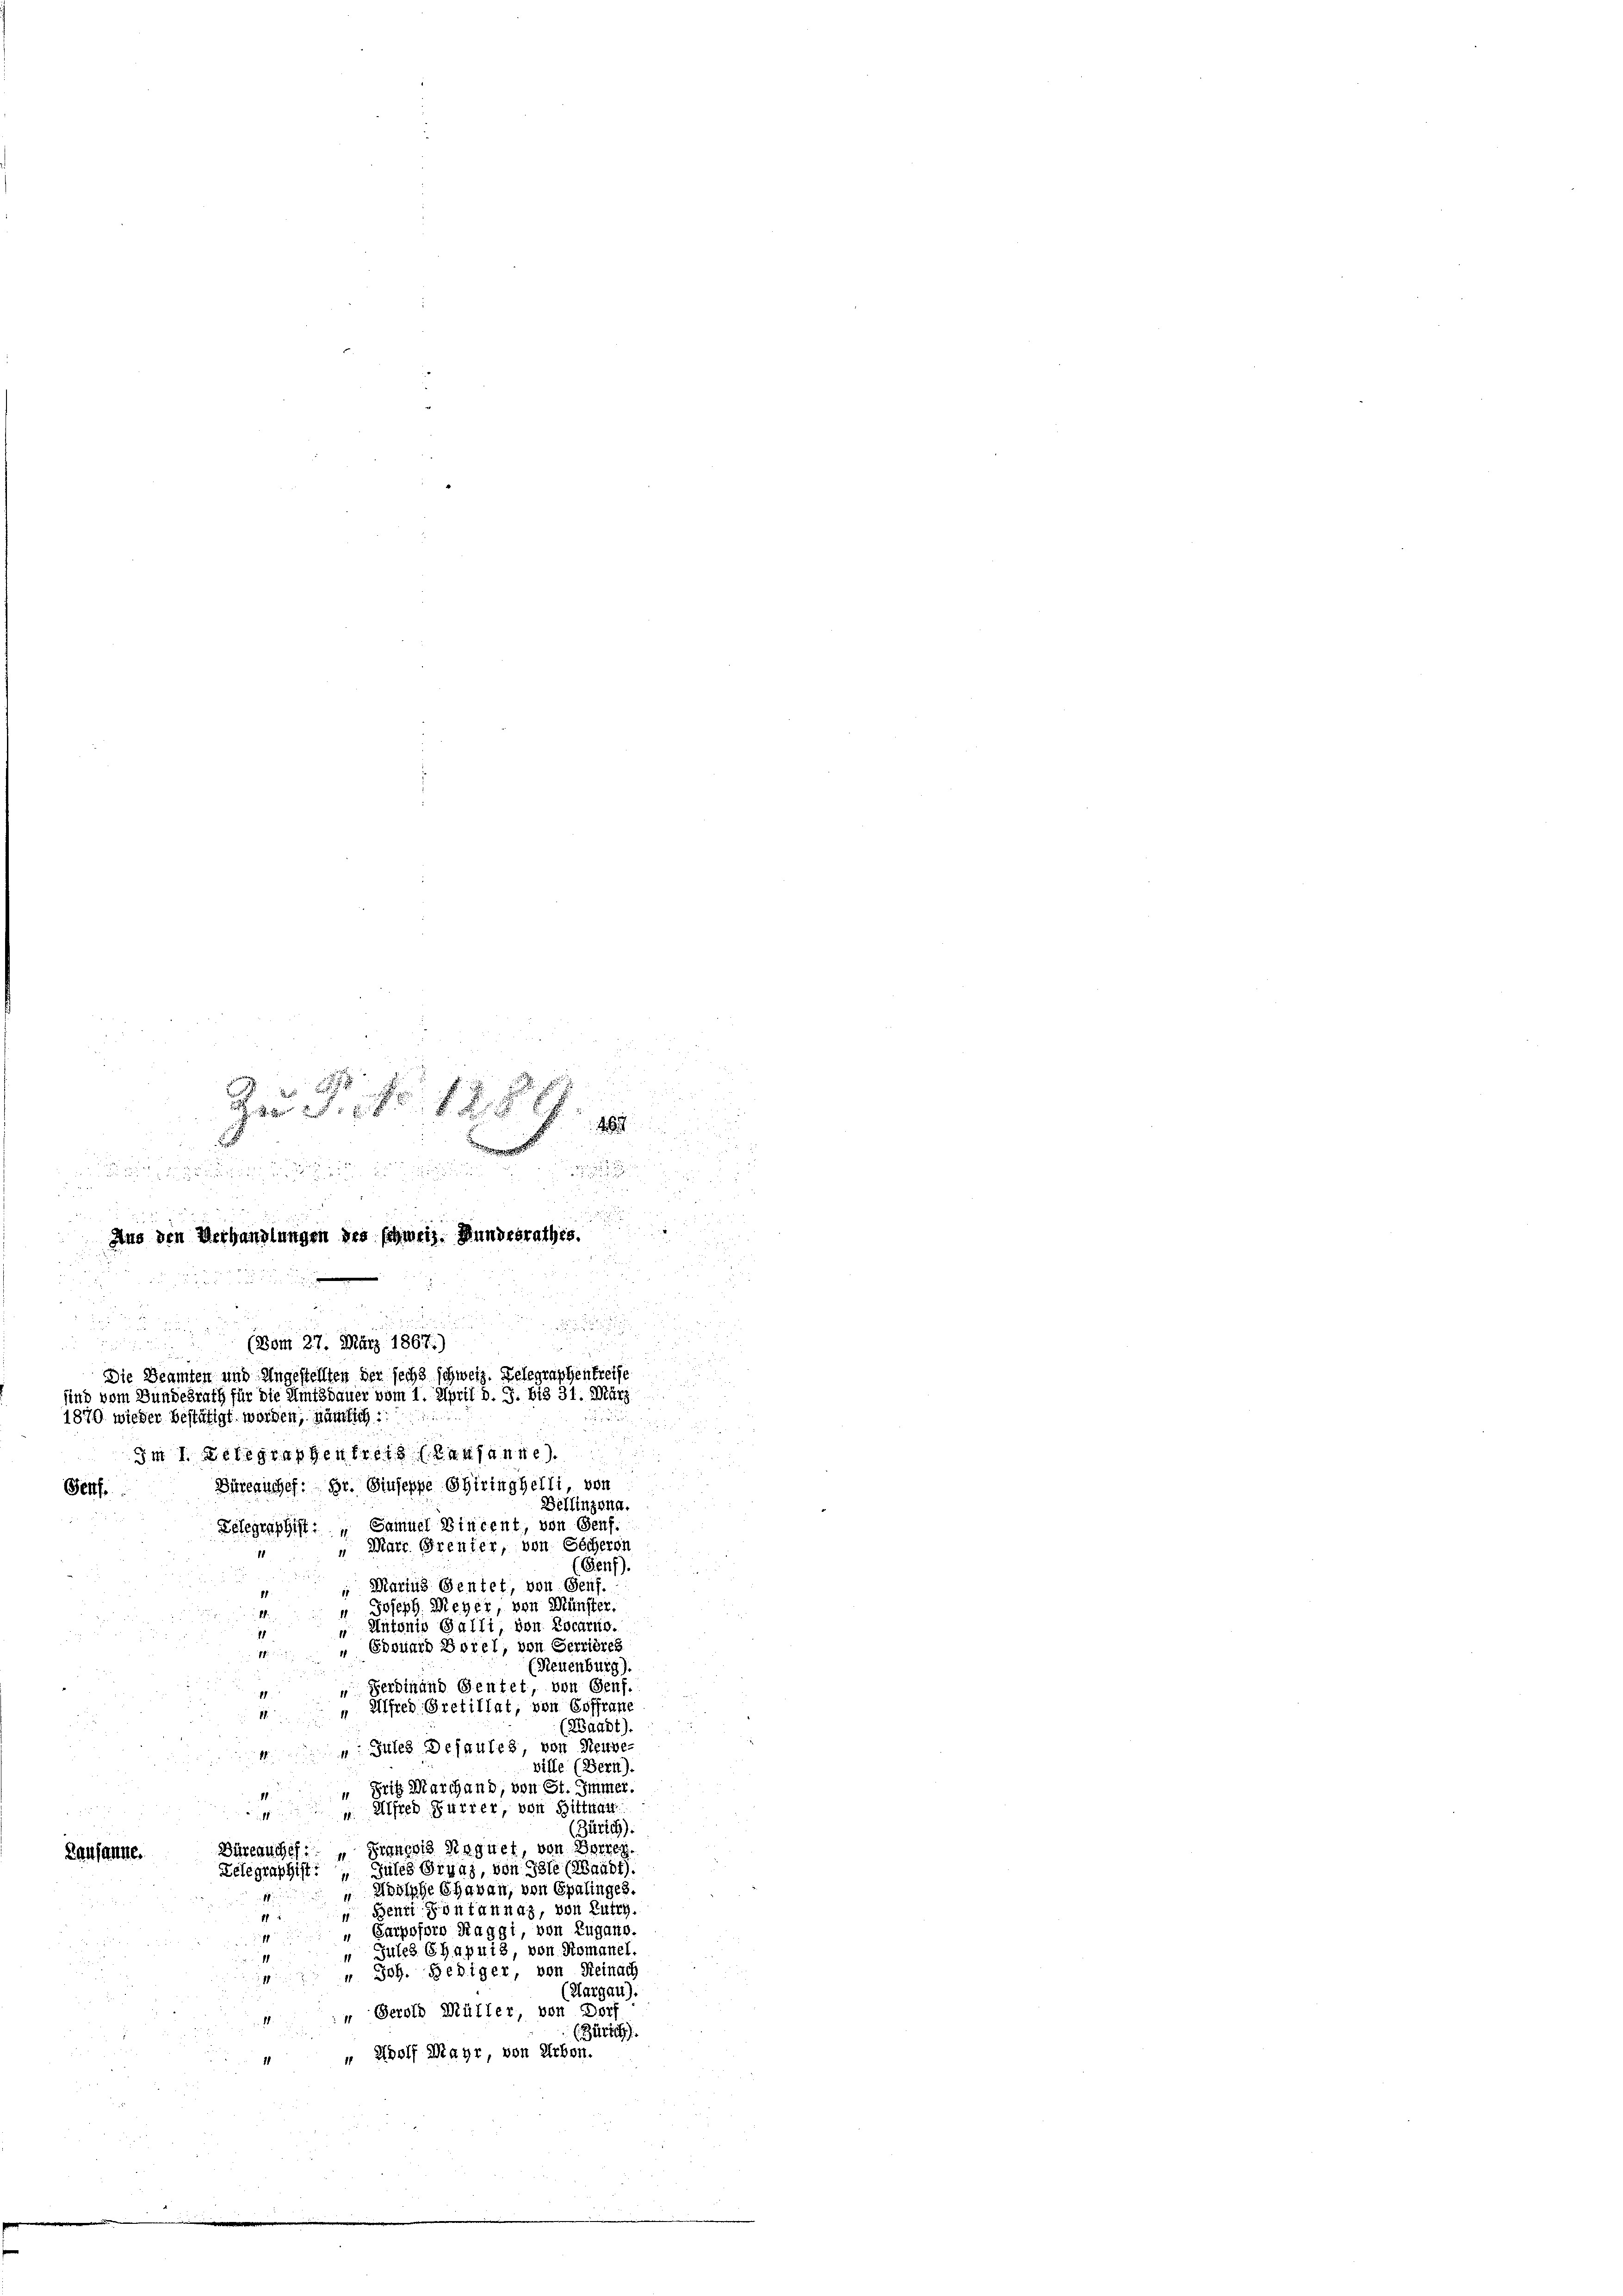
Z P. Nr. 128
.

i

d

Aus den Verhandlungen des schweiz. Bundesrathes.
d
n
u
5

u
.
(Vom 27. März 1867.)
Die Beamten und Angestellten der sechs schweiz. Delegraphentreife
sind vom Bundesrath für die Amtsdauer vom 1. April d. J. bis 31. März
1870 wieder bestätigt worden, nämlich:
5

Im 1. Delegraphenbrett (Lausanne
d
Büreauches. Hr. Giuseppe Chiringhelli, von
Pelf.
Bellinzona.
Zelegraphist: „Samuel Bincent, von Genf.
“ Mart. Grenter, von Sicheren
(Genf).
 Marius Gentet, von Genf.
" Joseph Meyer, von Münster.
" Antonio Galli, von Locarno.
„Edouard Borel, von Servières
(Neuenburg).
Ferdinand Sentet, von Genf.
 Alfred Gretillat, von Coffrane
(Waadt).
: Gutes Delaufes, von Neuve-
ville (Bern).
“ Fris Marchand, von St. Immer.
u. Alfred Furrer, von Hittnau
1
(Zürich).
Büreauches: „ Sranoris Rnquet, von Herreg
Lausanne.
Telegraphist. Jules Gruaz, von Ghte (Waadt).
Adolphe Chavan, von Spalinges.
18
 Benzi Pontannaz, von Lutry
1
" Carpofern Raggi, von Zugano.
 Jules Chapuis, von Romanel.
" Joh. Hediger, von Reinach
(Margau).
“ Gerold Müller von Dorf
(Zürich.
" Wolf Mayr, von Arbon.
e